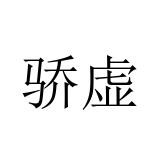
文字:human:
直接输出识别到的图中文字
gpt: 骄虚